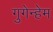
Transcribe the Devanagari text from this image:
गुगेन्हेम